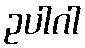
ဥပါဂါ